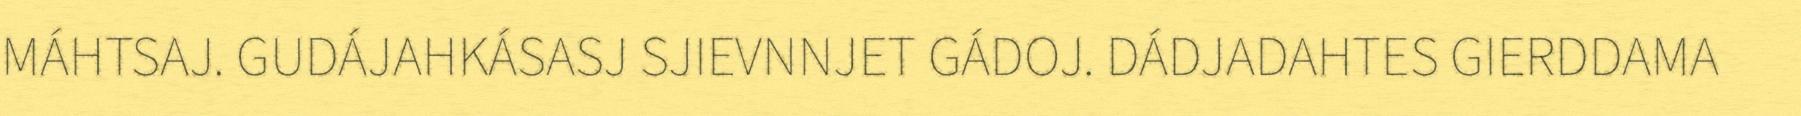
MÁHTSAJ. GUDÁJAHKÁSASJ SJIEVNNJET GÁDOJ. DÁDJADAHTES GIERDDAMA